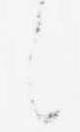
に